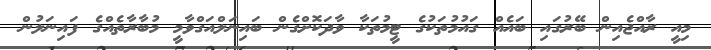
މިއީ ރާއްޖެއިން ބޭރުގައި ބައެއް ގައުމުތަކުގެ ޓީމުތަކާ ވާދަކޮށްގެން ބައިނަލްއަގްވާމީ މުބާރާތެއްގެ ފައިނަލުން